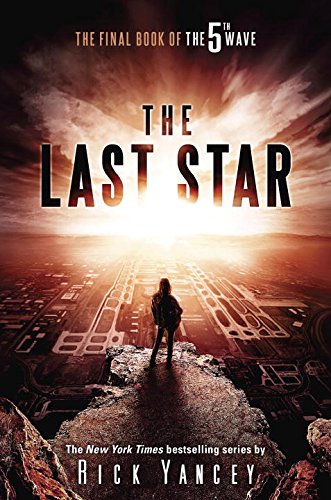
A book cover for The Last Star: The Final Book of The 5th Wave; Rick Yancey; Teen & Young Adult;